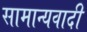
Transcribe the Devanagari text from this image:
सामान्यवादी